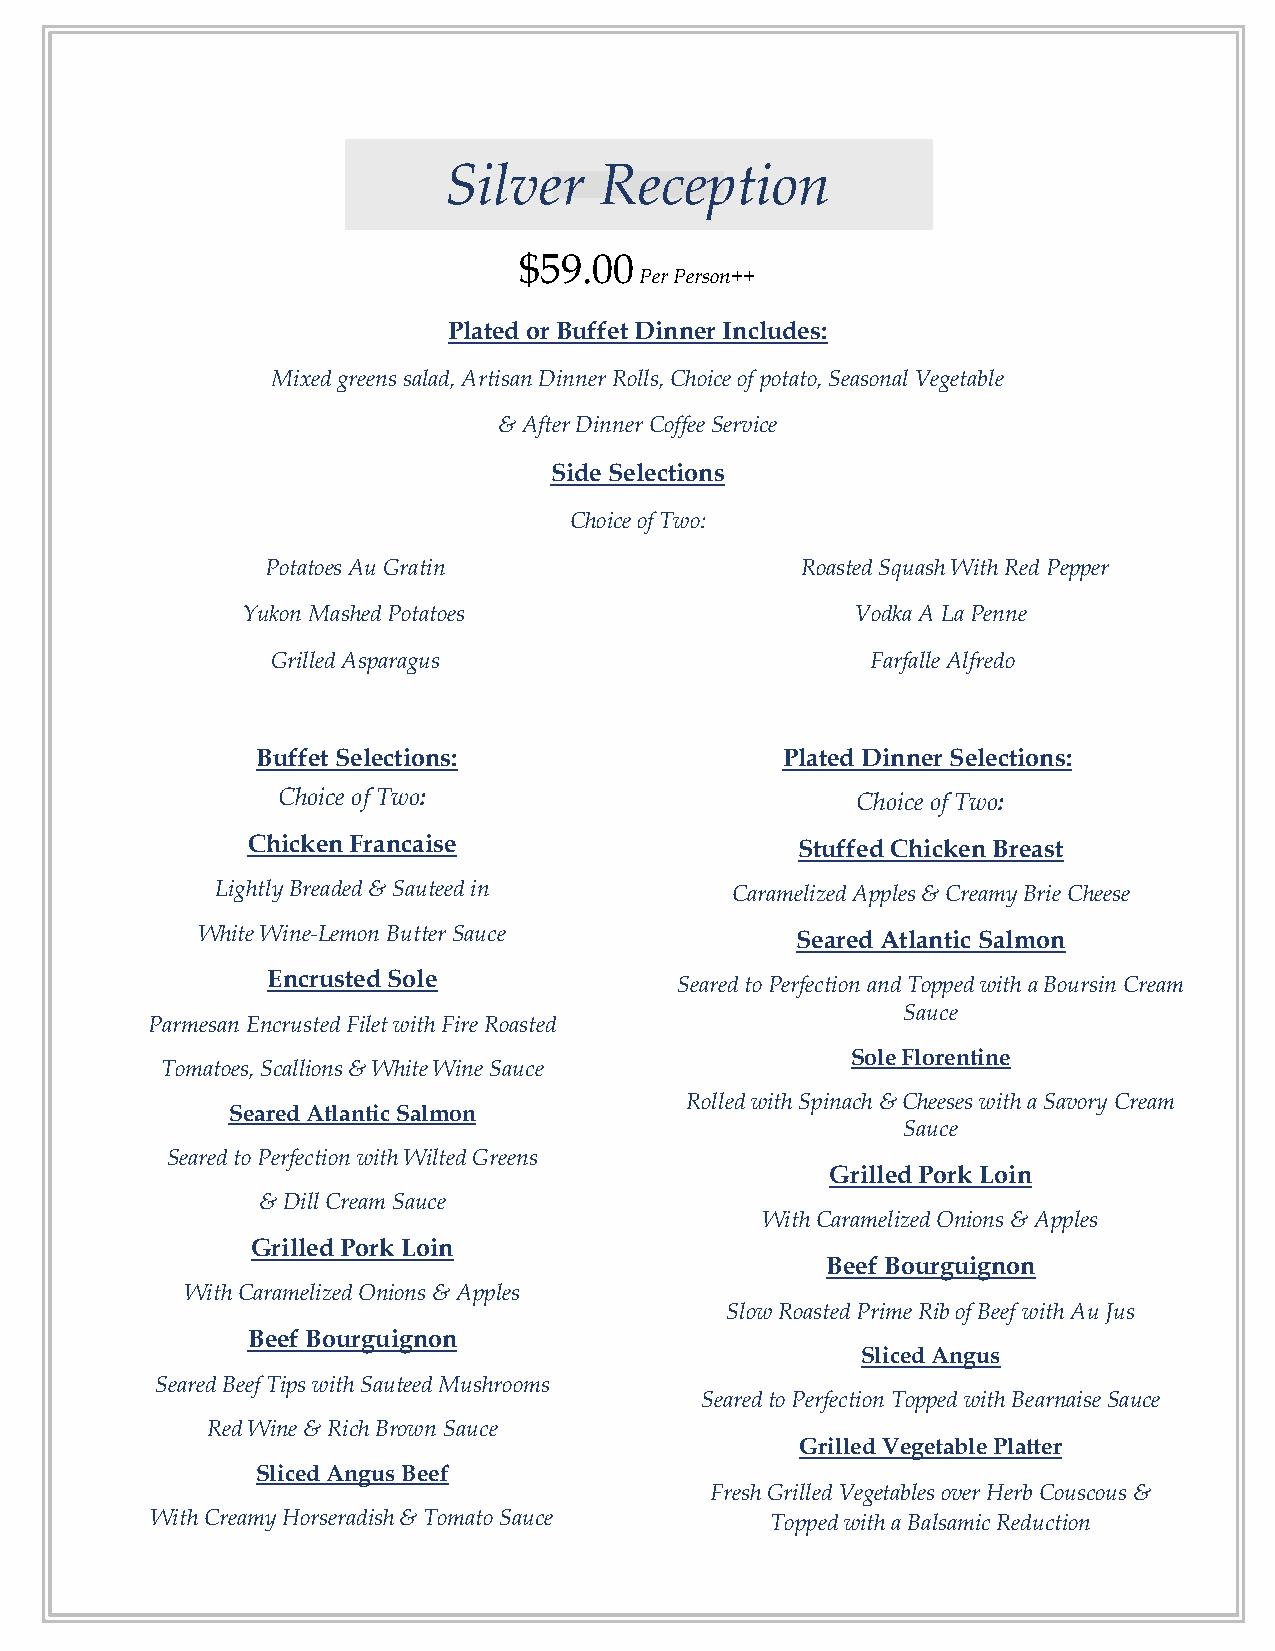
Silver     Reception
 $59.00
 Per Person++
 Plated or Buffet Dinner Includes:
 Mixed greens salad, Artisan Dinner Rolls, Choice of potato, Seasonal Vegetable
 & After Dinner Coffee Service
 Side Selections
 Choice of Two:
 Potatoes Au Gratin                 Roasted Squash With Red Pepper
 Yukon Mashed Potatoes                    Vodka A La Penne
 Grilled Asparagus                       Farfalle Alfredo
 Buffet Selections:                 Plated Dinner Selections:
 Choice of Two:                         Choice of Two:
 Chicken Francaise                    Stuffed Chicken Breast
 Lightly Breaded & Sauteed in      Caramelized Apples & Creamy Brie Cheese
 White Wine-Lemon Butter Sauce           Seared Atlantic Salmon
 Encrusted Sole
 Seared to Perfection and Topped with a Boursin Cream
 Sauce
 Parmesan Encrusted Filet with Fire Roasted
 Sole Florentine
 Tomatoes, Scallions & White Wine Sauce
 Rolled with Spinach & Cheeses with a Savory Cream
 Seared Atlantic Salmon
 Sauce
 Seared to Perfection with Wilted Greens
 Grilled Pork Loin
 & Dill Cream Sauce
 With Caramelized Onions & Apples
 Grilled Pork Loin
 Beef Bourguignon
 With Caramelized Onions & Apples
 Slow Roasted Prime Rib of Beef with Au Jus
 Beef Bourguignon
 Sliced Angus
 Seared Beef Tips with Sauteed Mushrooms
 Seared to Perfection Topped with Bearnaise Sauce
 Red Wine & Rich Brown Sauce
 Grilled Vegetable Platter
 Sliced Angus Beef
 Fresh Grilled Vegetables over Herb Couscous &
 With Creamy Horseradish & Tomato Sauce   Topped with a Balsamic Reduction